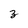
Character: 3